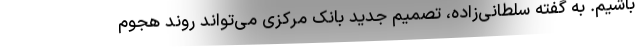
باشیم. به گفته سلطانی‌زاده، تصمیم جدید بانک مرکزی می‌تواند روند هجوم